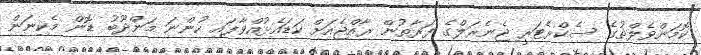
ކޮމަންވެލްތުގެ ސެކްރެޓަރީ ޖެނެރަލްގެ ފަރާތުން ރާއްޖެއަށް ކަޑައެޅުއްވާފައި ހުންނަ މަންދޫބު ޑޮން މެކިނަން